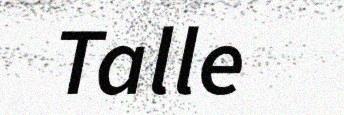
Talle